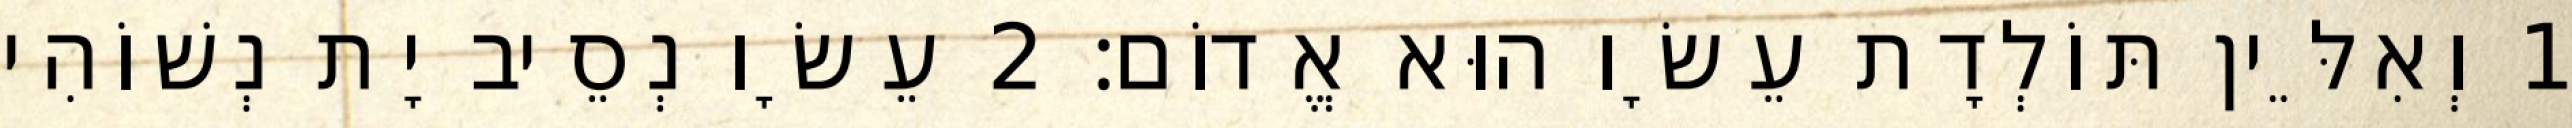
1 וְאִלֵּין תּוֹלְדָת עֵשָׂו הוּא אֱדוֹם׃ 2 עֵשָׂו נְסֵיב יָת נְשׁוֹהִי